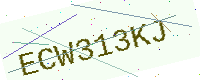
Text: ECW313KJ